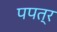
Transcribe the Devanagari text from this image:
पपत्र